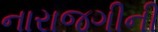
નારાજગીની